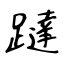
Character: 躂